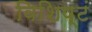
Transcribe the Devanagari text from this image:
विशिष्टं